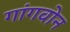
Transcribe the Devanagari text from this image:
गांगवोन